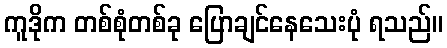
ကူဒိုက တစ်စုံတစ်ခု ပြောချင်နေသေးပုံ ရသည်။